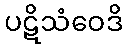
ပဋိသံဝေဒိ